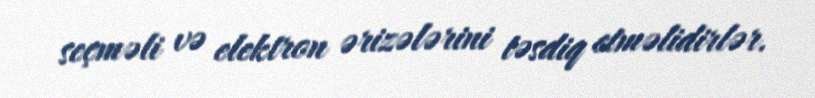
seçməli və elektron ərizələrini təsdiq etməlidirlər.